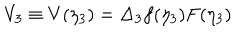
LaTeX: V _ { 3 } \equiv V ( \eta _ { 3 } ) = \Delta _ { 3 } f ( \eta _ { 3 } ) F ( \eta _ { 3 } )